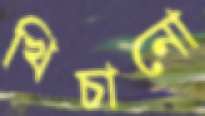
খিচানো